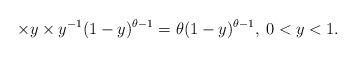
LaTeX: \begin{align*} \times y \times y^{-1}(1-y)^{\theta-1} = \theta (1-y)^{\theta-1},\>0 < y < 1. \end{align*}